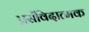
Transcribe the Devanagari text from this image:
प्रसंविदात्मक